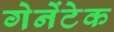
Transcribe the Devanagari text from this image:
गेनेंटेक